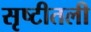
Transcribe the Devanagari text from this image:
सृष्टीतली